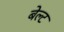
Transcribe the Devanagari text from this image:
बेल्‍ट